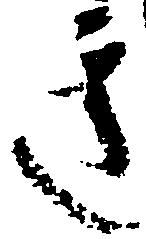
き